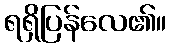
ရရှိပြန်လေ၏။